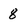
Character: 8